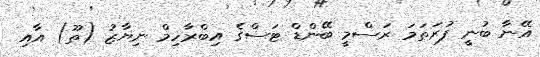
އޭނާ ބުނީ ފުރަތަމަ ރަސްމީ ބޭންޑް ޓަސްގެ އިބްރާހިމް ނިޔާޒު (ތޫ) އާއި